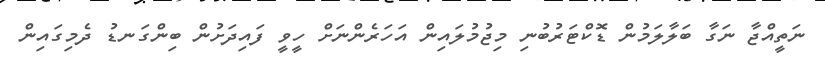
ނަތީއްޖާ ނަގާ ބަލާލަމުން ޑޮކްޓަރުބުނި މިޖުމުލައިން އަހަރެންނަށް ހީވީ ފައިދަށުން ބިންގަނޑު ދެމިގައިން